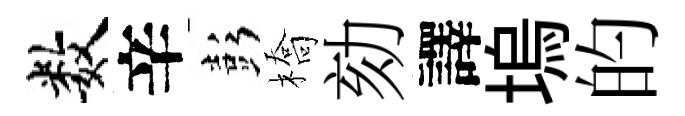
数辛彭橋劾譯塢的